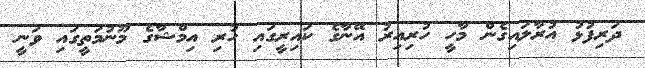
ދަރިފުޅު އުރާލައިގެން މާހީ ހުރިއިރު އޭނާގެ ކައިރީގައި ހުރި އިމްޝާގެ މޫނުމަތީގައި ވަނީ